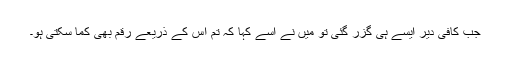
جب کافی دیر ایسے ہی گزر گئی تو میں نے اسے کہا کہ تم اس کے ذریعے رقم بھی کما سکتی ہو۔